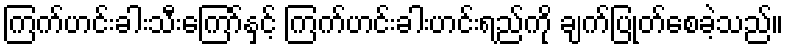
ကြက်ဟင်းခါးသီးကြော်နှင့် ကြက်ဟင်းခါးဟင်းရည်ကို ချက်ပြုတ်စေခဲ့သည်။